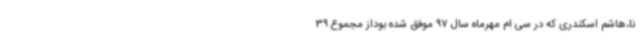
نا،هاشم اسکندری که در سی ام مهرماه سال 97 موفق شده بوداز مجموع 39